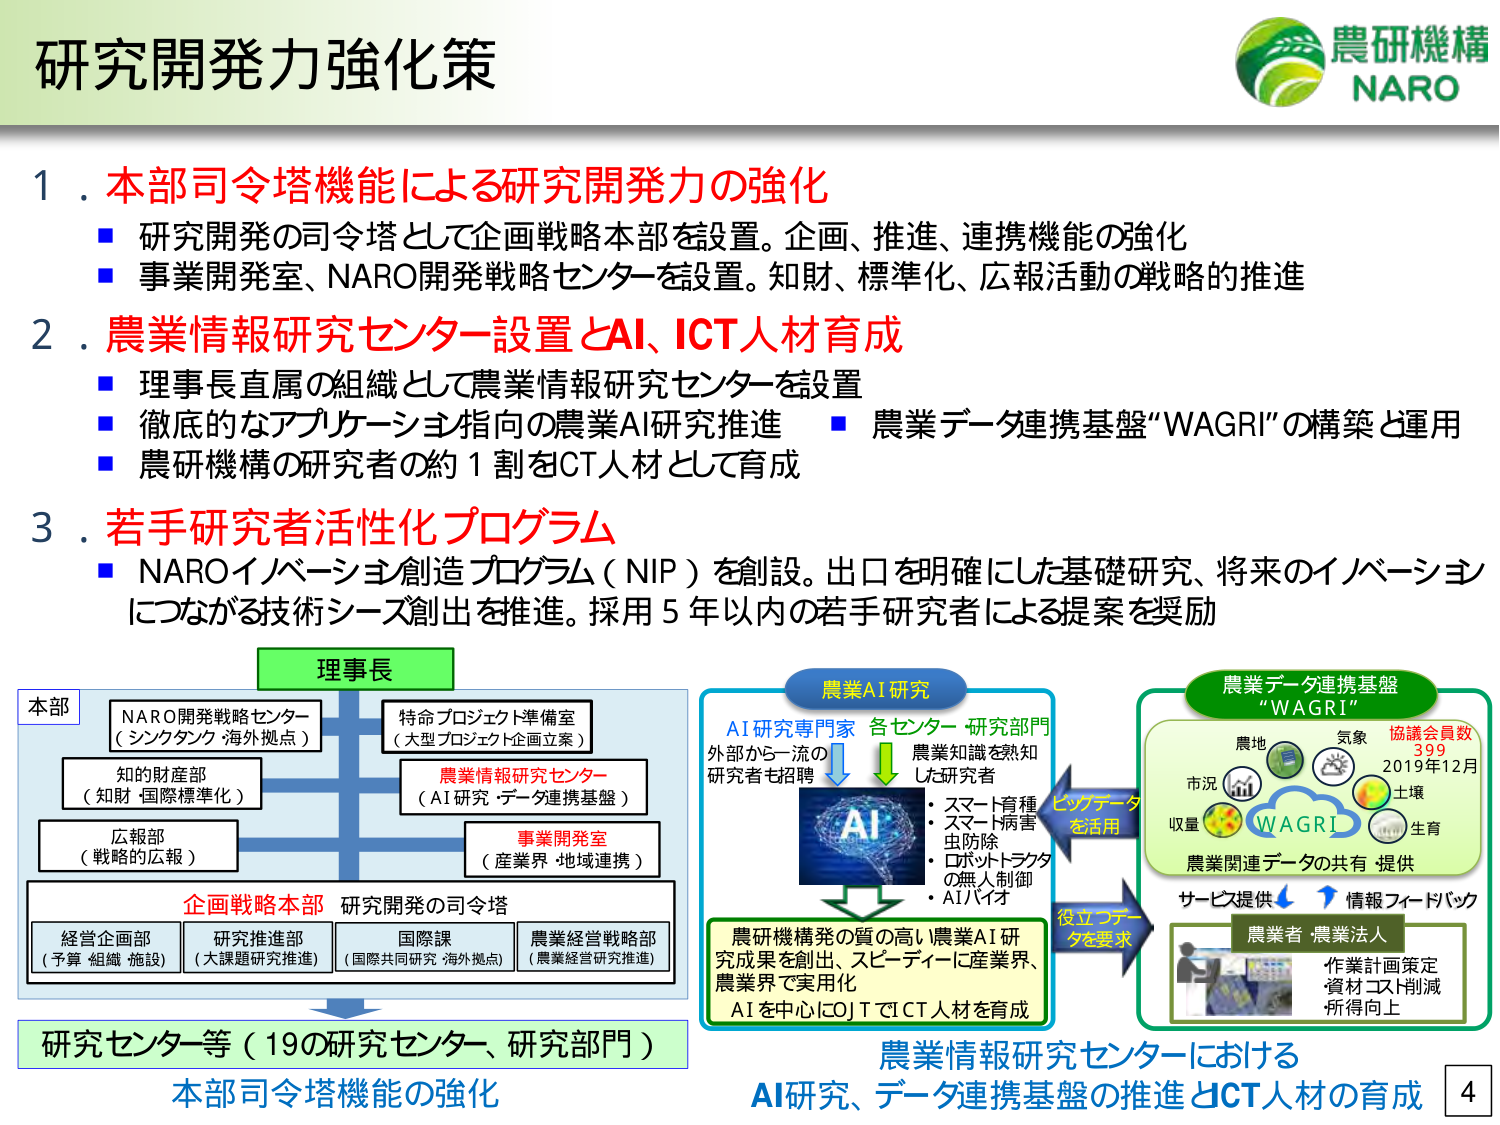
研究開発力強化策

1. 本部司令塔機能による研究開発力の強化
■ 研究開発の司令塔として企画戦略本部を設置。企画、推進、連携機能の強化
■ 事業開発室、NARO開発戦略センターを設置。知財、標準化、広報活動の戦略的推進

2. 農業情報研究センター設置とAI、ICT人材育成
■ 理事長直属の組織として農業情報研究センターを設置
■ 徹底的なアプリケーション指向の農業AI研究推進 ■ 農業データ連携基盤“WAGRI”の構築と運用
■ 農研機構の研究者の約1割をCT人材として育成

3. 若手研究者活性化プログラム
■ NAROイノベーション創造プログラム（NIP）を創設。出口を明確にした基礎研究、将来のイノベーションにつながる技術シーズ創出を推進。採用5年以内の若手研究者による提案を奨励

理事長

本部
NARO開発戦略センター
（シンクタンク・海外拠点）
特命プロジェクト準備室
（大型プロジェクト企画立案）
知的財産部
（知財・国際標準化）
農業情報研究センター
（AI研究・データ連携基盤）
広報部
（戦略的広報）
事業開発室
（産業界・地域連携）

企画戦略本部 研究開発の司令塔
経営企画部
（予算・組織・施設）
研究推進部
（大課題研究推進）
国際課
（国際共同研究・海外拠点）
農業経営戦略部
（農業経営研究推進）

研究センター等（19の研究センター、研究部門）
本部司令塔機能の強化

農業AI研究
AI研究専門家 各センター・研究部門
外部から一流の 研究者も招聘
農業知識を熟知 した研究者
・スマート育種
・スマート病害虫防除
・ロボットトラクタの無人制御
・AIバイオ

農研機構発の質の高い農業AI研究成果を創出、スピーディーに産業界、農業界で実用化
AIを中心にICTでICT人材を育成

農業データ連携基盤 “WAGRI”
農地 気象 協議会員数 399 2019年12月
市況 土壌
収量 生育
WAGRI
農業関連データの共有・提供
サービス提供 情報フィードバック
役立つデータを要求
農業者・農業法人
作業計画策定
資材コスト削減
所得向上

ビッグデータを活用

農業情報研究センターにおける
AI研究、データ連携基盤の推進とCT人材の育成

4

農研機構
NARO